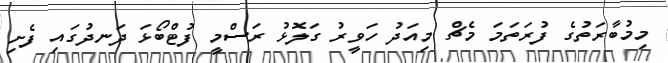
މިމުބާރަތުގެ ފުރަތަމަ މެޗް މިއަދު ހަވީރު ގަލޮޅު ރަސްމީ ފުޓްބޯޅަ ދަނދުގައި ފެށި